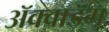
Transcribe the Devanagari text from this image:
ॲक्वाडॅम